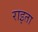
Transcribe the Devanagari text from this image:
राइता